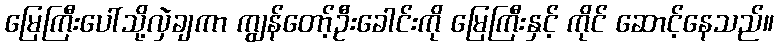
မြေကြီးပေါ်သို့လှဲချကာ ကျွန်တော့်ဦးခေါင်းကို မြေကြီးနှင့် ကိုင် ဆောင့်နေသည်။